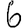
Digit: 6